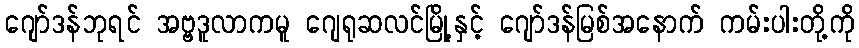
ဂျော်ဒန်ဘုရင် အဗ္ဗဒူလာကမူ ဂျေရုဆလင်မြို့နှင့် ဂျော်ဒန်မြစ်အနောက် ကမ်းပါးတို့ကို